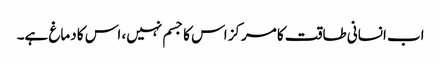
اب انسانی طاقت کا مرکز اس کا جسم نہیں، اس کا دماغ ہے۔